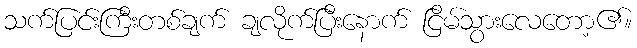
သက်ပြင်းကြီးတစ်ချက် ချလိုက်ပြီးနောက် ငြိမ်သွားလေတော့၏။